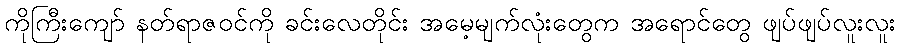
ကိုကြီးကျော် နတ်ရာဇဝင်ကို ခင်းလေတိုင်း အမေ့မျက်လုံးတွေက အရောင်တွေ ဖျပ်ဖျပ်လူးလူး